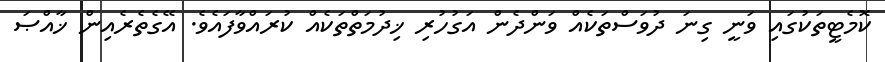
ކޮމެޓީތަކުގައި ވަނީ ގިނަ ދުވަސްތަކެއް ވަންދެން އަގުހުރި ޚިދުމަތްތަކެއް ކުރައްވާފައެވެ. އޭގެތެރެއިން ޚާއްޞަ